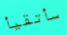
سأتقيأ